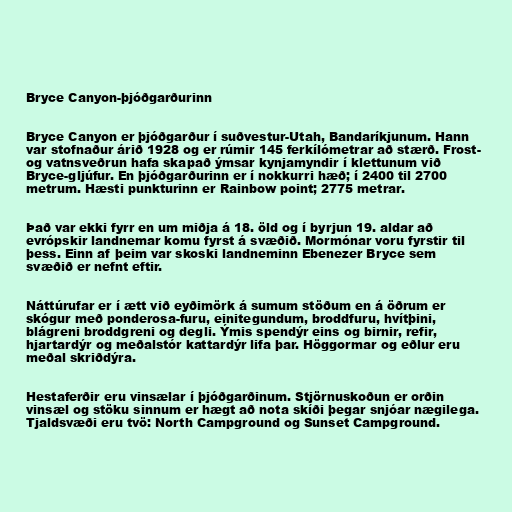
Bryce Canyon-þjóðgarðurinn

Bryce Canyon er þjóðgarður í suðvestur-Utah, Bandaríkjunum. Hann
var stofnaður árið 1928 og er rúmir 145 ferkílómetrar að stærð. Frost-
og vatnsveðrun hafa skapað ýmsar kynjamyndir í klettunum við
Bryce-gljúfur. En þjóðgarðurinn er í nokkurri hæð; í 2400 til 2700
metrum. Hæsti punkturinn er Rainbow point; 2775 metrar.

Það var ekki fyrr en um miðja á 18. öld og í byrjun 19. aldar að
evrópskir landnemar komu fyrst á svæðið. Mormónar voru fyrstir til
þess. Einn af þeim var skoski landneminn Ebenezer Bryce sem
svæðið er nefnt eftir.

Náttúrufar er í ætt við eyðimörk á sumum stöðum en á öðrum er
skógur með ponderosa-furu, einitegundum, broddfuru, hvítþini,
blágreni broddgreni og degli. Ýmis spendýr eins og birnir, refir,
hjartardýr og meðalstór kattardýr lifa þar. Höggormar og eðlur eru
meðal skriðdýra.

Hestaferðir eru vinsælar í þjóðgarðinum. Stjörnuskoðun er orðin
vinsæl og stöku sinnum er hægt að nota skíði þegar snjóar nægilega.
Tjaldsvæði eru tvö: North Campground og Sunset Campground.